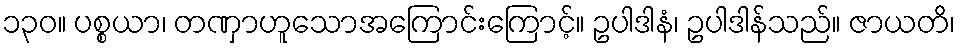
၁၃၀။ ပစ္စယာ၊ တဏှာဟူသောအကြောင်းကြောင့်။ ဥပါဒါနံ၊ ဥပါဒါန်သည်။ ဇာယတိ၊